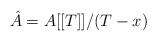
\begin{align*}\hat A = A[[T]]/(T - x)\end{align*}